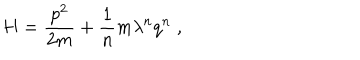
H = \frac { p ^ { 2 } } { 2 m } + \frac { 1 } { n } m \lambda ^ { n } q ^ { n } \; ,